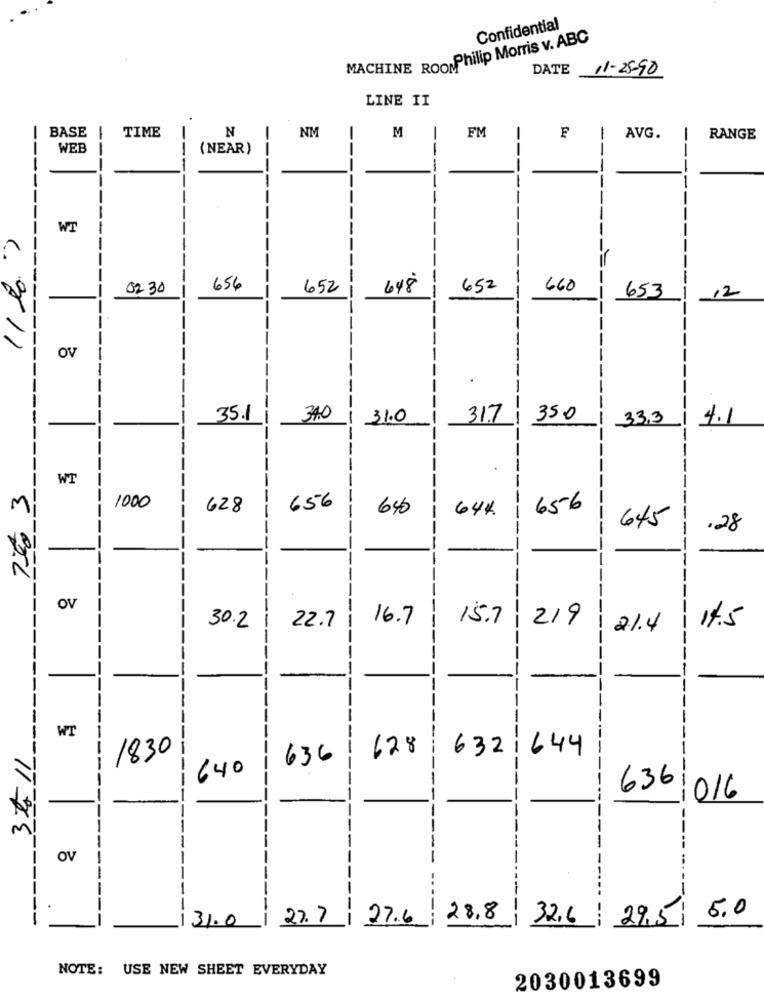
Confidential
MACHINE ROO Philip Morris v. ABC
DATE
11-25-90
LINE II
--
--
--
--------
-------
TIME
N
NM
FM
BASE
M
F
AVG.
RANGE
WEB
(NEAR)
--
--
-----
WT
11 20.
02 30
656
652
648
652
660
12
653
OV
---
--
--
W
35.1
340
31.0
317
350
33.3
4.1
--
-
WT
---
7 to 3
1000
628
656
640
644.
656
645
.28
--
-
OV
16.7
15.7
219
30.2
22.7
1 21.4
14.5
-----
---
WT
0
3211
1830
628
6321644
-
636
640
636
016
-
---
OV
-
-- --
-
-
31.0
27.7
27.6
28.8
32.6
!
29,5/
5.0
NOTE: USE NEW SHEET EVERYDAY
2030013699